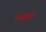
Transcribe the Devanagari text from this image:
गणयाज्य